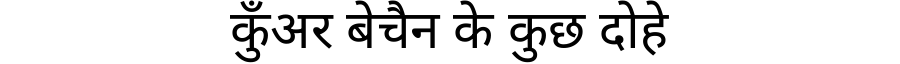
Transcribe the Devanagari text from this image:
कुँअर बेचैन के कुछ दोहे